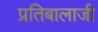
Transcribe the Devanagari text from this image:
प्रतिबालाजी